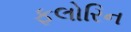
ફલોરિન